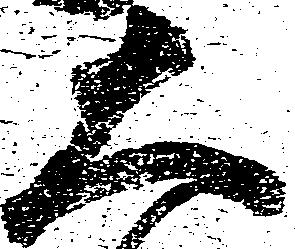
大